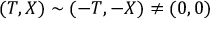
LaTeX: ( T , X ) \sim ( - T , - X ) \neq ( 0 , 0 )